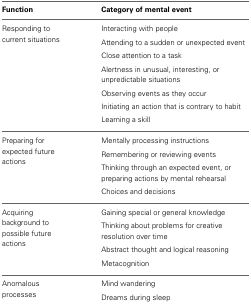
<table><thead><tr><td><b>Function</b></td><td><b>Category of mental event</b></td></tr></thead><tbody><tr><td rowspan="7">Responding to current situations</td><td>Interacting with people</td></tr><tr><td>Attending to a sudden or unexpected event</td></tr><tr><td>Close attention to a task</td></tr><tr><td>Alertness in unusual, interesting, or unpredictable situations</td></tr><tr><td>Observing events as they occur</td></tr><tr><td>Initiating an action that is contrary to habit</td></tr><tr><td>Learning a skill</td></tr><tr><td rowspan="4">Preparing for expected future actions</td><td>Mentally processing instructions</td></tr><tr><td>Remembering or reviewing events</td></tr><tr><td>Thinking through an expected event, or preparing actions by mental rehearsal</td></tr><tr><td>Choices and decisions</td></tr><tr><td rowspan="4">Acquiring background to possible future actions</td><td>Gaining special or general knowledge</td></tr><tr><td>Thinking about problems for creative resolution over time</td></tr><tr><td>Abstract thought and logical reasoning</td></tr><tr><td>Metacognition</td></tr><tr><td rowspan="2">Anomalous processes</td><td>Mind wandering</td></tr><tr><td>Dreams during sleep</td></tr></tbody></table>